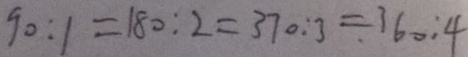
9 0 : 1 = 1 8 0 : 2 = 3 7 0 : 3 = 1 6 0 : 4